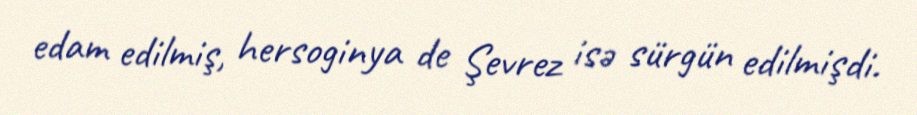
edam edilmiş, hersoginya de Şevrez isə sürgün edilmişdi.